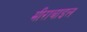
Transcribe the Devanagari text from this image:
मीराबाइल